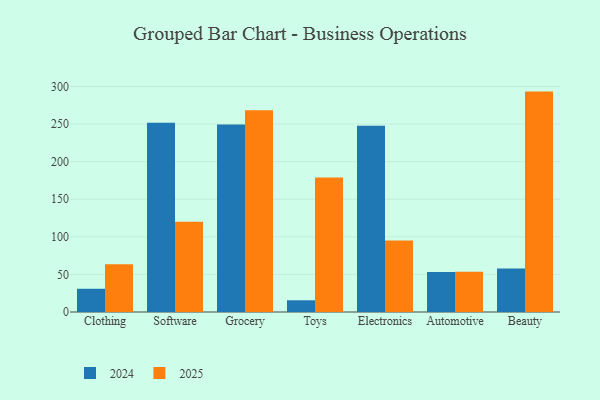
{"axis": {"x": "Category", "y": "Active Users"}, "legend": ["2024", "2025"], "data": [{"x": "Clothing", "y": 63.5, "type": "2025"}, {"x": "Clothing", "y": 30.9, "type": "2024"}, {"x": "Software", "y": 120.1, "type": "2025"}, {"x": "Software", "y": 252.0, "type": "2024"}, {"x": "Grocery", "y": 268.4, "type": "2025"}, {"x": "Grocery", "y": 249.5, "type": "2024"}, {"x": "Toys", "y": 178.9, "type": "2025"}, {"x": "Toys", "y": 15.6, "type": "2024"}, {"x": "Electronics", "y": 95.0, "type": "2025"}, {"x": "Electronics", "y": 247.9, "type": "2024"}, {"x": "Automotive", "y": 53.4, "type": "2025"}, {"x": "Automotive", "y": 53.2, "type": "2024"}, {"x": "Beauty", "y": 293.3, "type": "2025"}, {"x": "Beauty", "y": 57.8, "type": "2024"}]}